Lunatic asylums in Bengal annual reports 1899-1911 - 1899-1911
Year: 1899
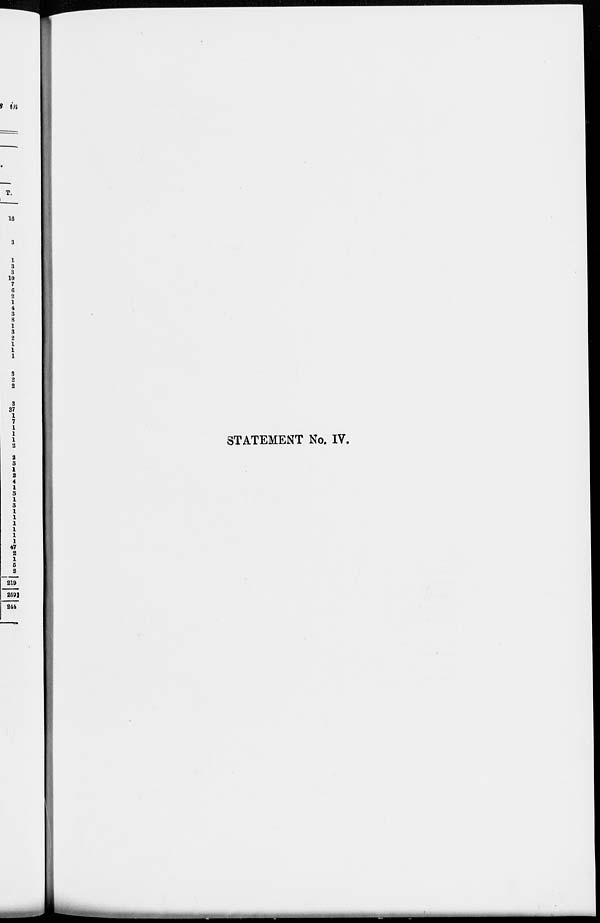
STATEMENT No. IV.